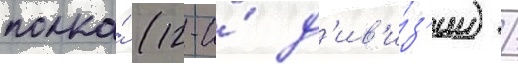
полка́ (12-и́ д'ив'и́з'ии) /